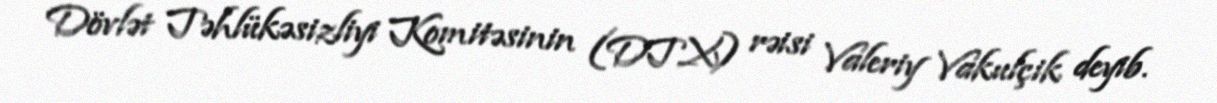
Dövlət Təhlükəsizliyi Komitəsinin (DTX) rəisi Valeriy Vakulçik deyib.